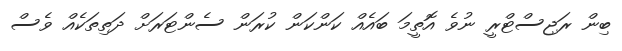
ބިން ރަޖިސްޓްރީ ނުވެ އޮތީމަ ބައެއް ކަންކަން ކުރަން ސެންޓަރަށް ދަތިތަކެއް ވެސް